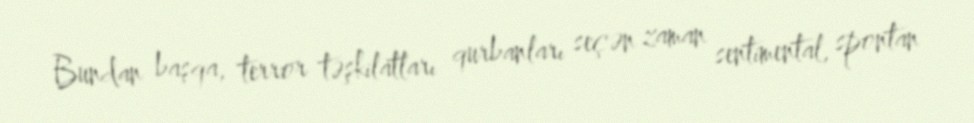
Bundan başqa, terror təşkilatları qurbanları seçən zaman sentimental, spontan